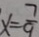
x = \frac { 7 } { 9 }